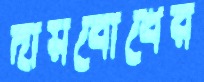
দায়বোধের